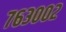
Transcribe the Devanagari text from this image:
७६३००२